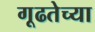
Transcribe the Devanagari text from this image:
गूढतेच्या